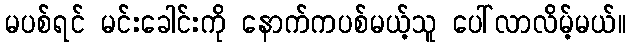
မပစ်ရင် မင်းခေါင်းကို နောက်ကပစ်မယ့်သူ ပေါ်လာလိမ့်မယ်။